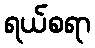
ရယ်စရာ